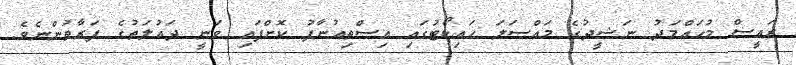
ރައީސް މުހައްމަދު ނަޝީދުގެ މައްސަލަ ހައިކޯޓުގައި އިސްތިއުނާފު ކޮށްފައި ވަނީ ދައުލަތުގެ ފަރާތުންނެވެ.